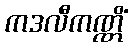
ကဒလီကဏ္ဏိံ